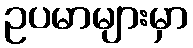
ဥပမာများမှာ